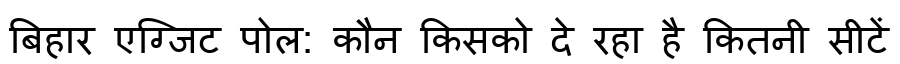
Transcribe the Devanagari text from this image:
बिहार एग्जिट पोल: कौन किसको दे रहा है कितनी सीटें